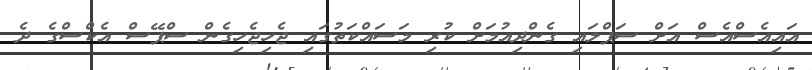
އައިއެސްއެސް އަށް ސަޕްލައި ގެންދިއުމަށް ކުރި މަސައްކަތުގައި ޖެހިޖެހިގެން ސްޕޭސް އެކްސްގެ ދެ